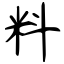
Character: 料